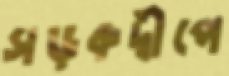
সড়কদ্বীপে